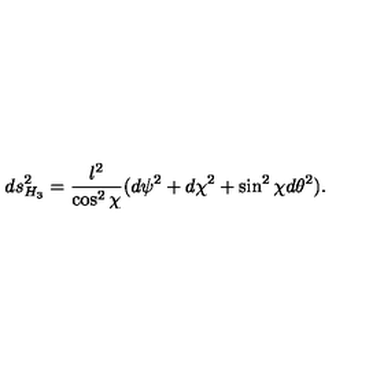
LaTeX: d s _ { H _ { 3 } } ^ { 2 } = { \frac { l ^ { 2 } } { \cos ^ { 2 } \chi } } ( d \psi ^ { 2 } + d \chi ^ { 2 } + \sin ^ { 2 } \chi d \theta ^ { 2 } ) .